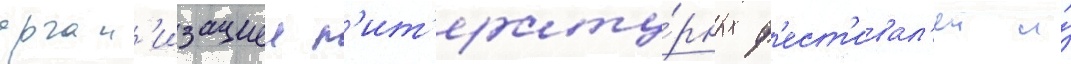
орган'изациеи л'ит'ерату́рных ф'ест'ивал'еи и́